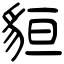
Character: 貆